Vaccine operations Central Provinces 1868-1885 - 1868-1885
Year: 1868
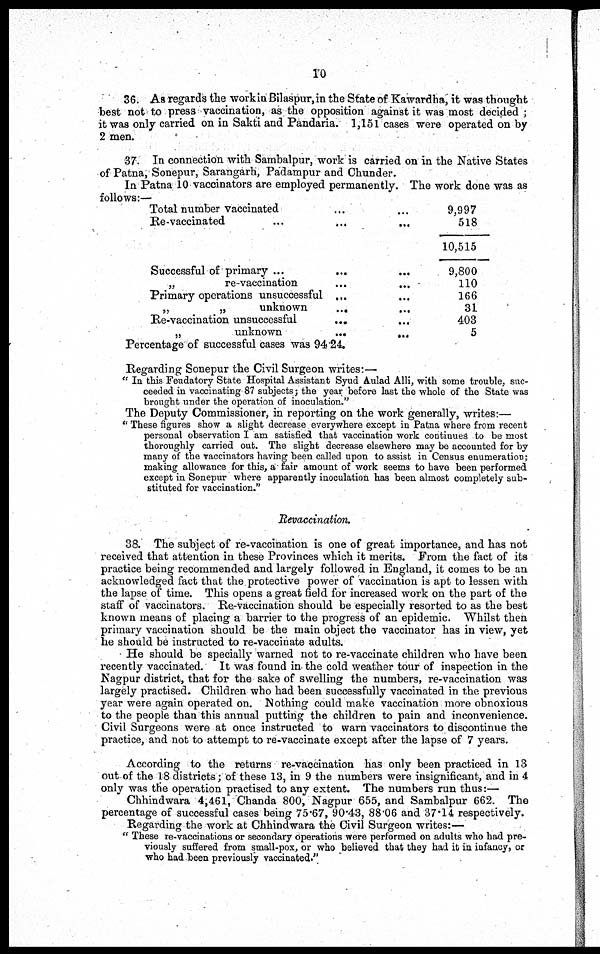
10
36. As regards the workin Bilaspur, in the State of Kawardha, it was thought
best not to press vaccination, as the opposition against it was most decided ;
it was only carried on in Sakti and Pandaria. 1,151 cases were operated on by
2 men.
37. In connection with Sambalpur, work is carried on in the Native States
of Patna, Sonepur, Sarangarh, Padampur and Chunder.
In Patna 10 vaccinators are employed permanently. The work done was as
follows:—
Total number vaccinated ... ...
Re-vaccinated
...
...
...
Successful of primary ... ... ...
„
re-vaccination ... ...
Primary operations unsuccessful ... ...
„
„
unknown ... ...
Re-vaccination unsuccessful ... ... ...
„
unknown
...
...
Percentage of successful cases was 94.24.
9,997
518
10,515
9,800
110
166
31
403
5
Regarding Sonepur the Civil Surgeon writes:—
" In this Feudatory State Hospital Assistant Syud Aulad Alli, with some trouble, suc-
ceeded in vaccinating 87 subjects; the year before last the whole of the State was
brought under the operation of inoculation."
The Deputy Commissioner, in reporting on the work generally, writes:—
" These figures show a slight decrease everywhere except in Patna where from recent
personal observation I am satisfied that vaccination work continues to be most
thoroughly carried out. The slight decrease elsewhere may be accounted for by
many of the vaccinators having been called upon to assist in Census enumeration;
making allowance for this, a fair amount of work seems to have been performed
except in Sonepur where apparently inoculation has been almost completely sub-
stituted for vaccination."
Revaccination.
38. The subject of re-vaccination is one of great importance, and has not
received that attention in these Provinces which it merits. From the fact of its
practice being recommended and largely followed in England, it comes to be an
acknowledged fact that the protective power of vaccination is apt to lessen with
the lapse of time. This opens a great field for increased work on the part of the
staff of vaccinators. Re-vaccination should be especially resorted to as the best
known means of placing a barrier to the progress of an epidemic. Whilst then
primary vaccination should be the main object the vaccinator has in view, yet
he should be instructed to re-vaccinate adults.
He should be specially warned not to re-vaccinate children who have been
recently vaccinated. It was found in the cold weather tour of inspection in the
Nagpur district, that for the sake of swelling the numbers, re-vaccination was
largely practised. Children who had been successfully vaccinated in the previous
year were again operated on. Nothing could make vaccination more obnoxious
to the people than this annual putting the children to pain and inconvenience.
Civil Surgeons were at once instructed to warn vaccinators to discontinue the
practice, and not to attempt to re-vaccinate except after the lapse of 7 years.
According to the returns re-vaccination has only been practiced in 13
out of the 18 districts; of these 13, in 9 the numbers were insignificant, and in 4
only was the operation practised to any extent. The numbers run thus:—
Chhindwara 4,461, Chanda 800, Nagpur 655, and Sambalpur 662. The
percentage of successful cases being 75.67, 90.43, 88.06 and 37.14 respectively.
Regarding the work at Chhindwara the Civil Surgeon writes:—
" These re-vaccinations or secondary operations were performed on adults who had pre-
viously suffered from small-pox, or who believed that they had it in infancy, or
who had been previously vaccinated."